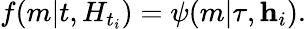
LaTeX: f(m|t,H_{t_{i}})=\psi(m|\tau,\textbf{h}_{i}).